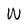
Character: W